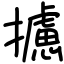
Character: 攄